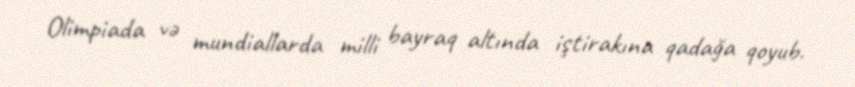
Olimpiada və mundiallarda milli bayraq altında iştirakına qadağa qoyub.